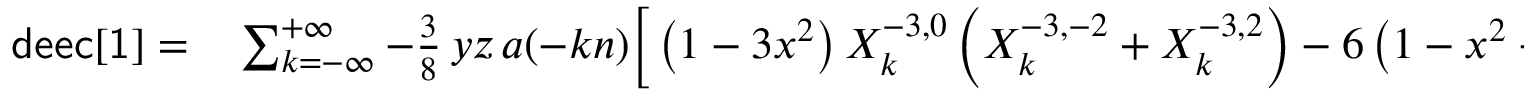
\begin{array} { r l } { { \sf d e e c [ 1 ] } = } & { { } \sum _ { k = - \infty } ^ { + \infty } - \frac 3 8 \, y z \, a ( - k n ) \bigg [ \left( 1 - 3 x ^ { 2 } \right) X _ { k } ^ { - 3 , 0 } \left( X _ { k } ^ { - 3 , - 2 } + X _ { k } ^ { - 3 , 2 } \right) - 6 \left( 1 - x ^ { 2 } - 2 y ^ { 2 } \right) X _ { k } ^ { - 3 , 2 } X _ { k } ^ { - 3 , - 2 } \bigg ] } \end{array}